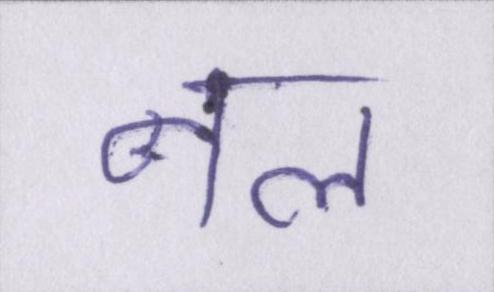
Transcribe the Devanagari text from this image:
नल